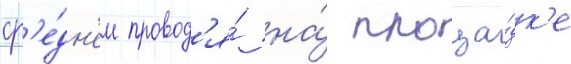
ср'е́дн'ем провод'я́ на́ площа́дк'е